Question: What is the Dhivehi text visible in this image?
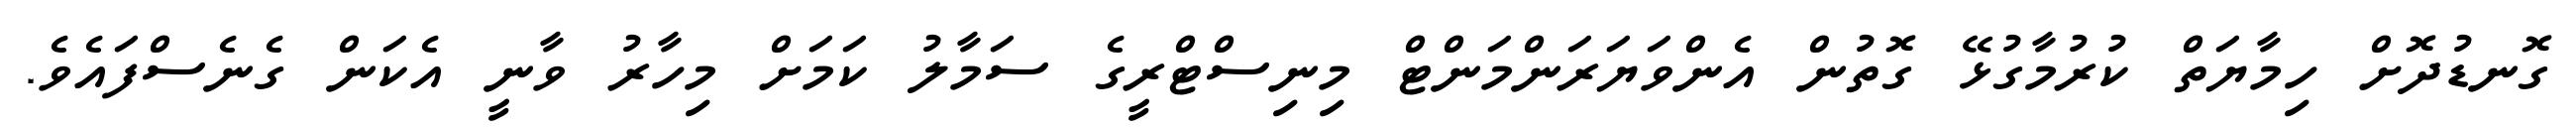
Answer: ގޮނޑުދޮށް ހިމާޔަތް ކުރުމާގުޅޭ ގޮތުން އެންވަޔަރަންމަންޓް މިނިސްޓްރީގެ ސަމާލު ކަމަށް މިހާރު ވާނީ އެކަން ގެނެސްފައެވެ.